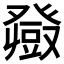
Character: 𤼼